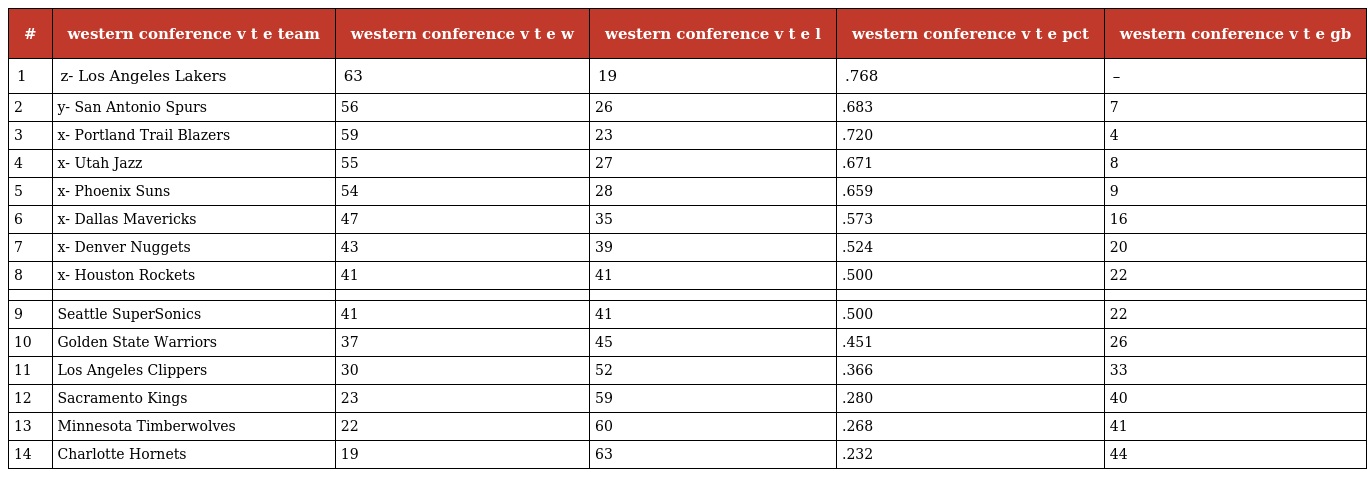
| # | western conference v t e team | western conference v t e w | western conference v t e l | western conference v t e pct | western conference v t e gb |
 | --- | --- | --- | --- | --- | --- |
 | 1 | z- Los Angeles Lakers | 63 | 19 | .768 | – |
 | 2 | y- San Antonio Spurs | 56 | 26 | .683 | 7 |
 | 3 | x- Portland Trail Blazers | 59 | 23 | .720 | 4 |
 | 4 | x- Utah Jazz | 55 | 27 | .671 | 8 |
 | 5 | x- Phoenix Suns | 54 | 28 | .659 | 9 |
 | 6 | x- Dallas Mavericks | 47 | 35 | .573 | 16 |
 | 7 | x- Denver Nuggets | 43 | 39 | .524 | 20 |
 | 8 | x- Houston Rockets | 41 | 41 | .500 | 22 |
 |  |  |  |  |  |  |
 | 9 | Seattle SuperSonics | 41 | 41 | .500 | 22 |
 | 10 | Golden State Warriors | 37 | 45 | .451 | 26 |
 | 11 | Los Angeles Clippers | 30 | 52 | .366 | 33 |
 | 12 | Sacramento Kings | 23 | 59 | .280 | 40 |
 | 13 | Minnesota Timberwolves | 22 | 60 | .268 | 41 |
 | 14 | Charlotte Hornets | 19 | 63 | .232 | 44 |